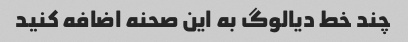
چند خط دیالوگ به این صحنه اضافه کنید